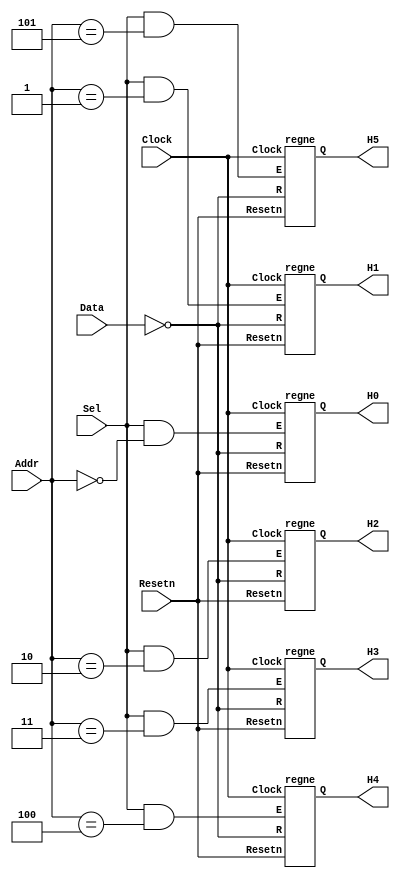
// Data written to registers R0 to R5 are sent to the H digits
module seg7 (Data, Addr, Sel, Resetn, Clock, H5, H4, H3, H2, H1, H0);
    input [6:0] Data;
    input [2:0] Addr;
    input Sel, Resetn, Clock;
    output [6:0] H5, H4, H3, H2, H1, H0;

    wire [6:0] nData;
    assign nData = ~Data;

    regne reg_R0 (nData, Clock, Resetn, Sel & (Addr == 3'b000), H0);
	 // ... add code here
    regne reg_R1 (nData, Clock, Resetn, Sel & (Addr == 3'b001), H1);
    regne reg_R2 (nData, Clock, Resetn, Sel & (Addr == 3'b010), H2);
    regne reg_R3 (nData, Clock, Resetn, Sel & (Addr == 3'b011), H3);
    regne reg_R4 (nData, Clock, Resetn, Sel & (Addr == 3'b100), H4); 
    regne reg_R5 (nData, Clock, Resetn, Sel & (Addr == 3'b101), H5);
endmodule

module regne (R, Clock, Resetn, E, Q);
    parameter n = 7;
    input [n-1:0] R;
    input Clock, Resetn, E;
    output [n-1:0] Q;
    reg [n-1:0] Q;	
	
    always @(posedge Clock)
        if (Resetn == 0)
            Q <= {n{1'b1}};  // turn OFF all segments on reset
        else if (E)
            Q <= R;
endmodule